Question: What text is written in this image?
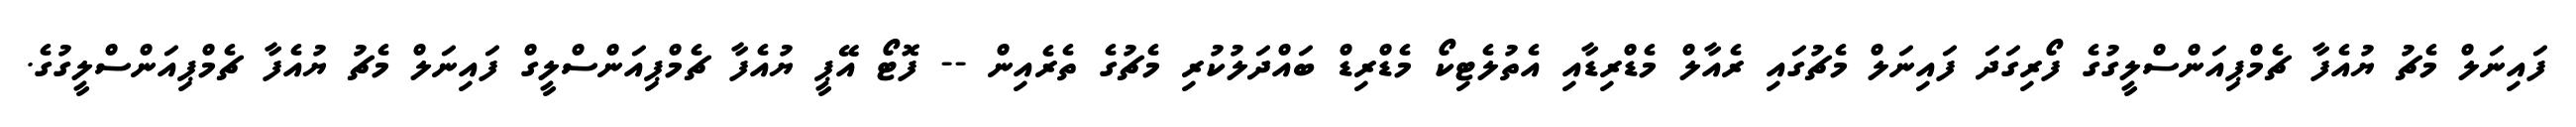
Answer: ފައިނަލް މެޗު ޔުއެފާ ޗެމްޕިއަންސްލީގުގެ ފޯރިގަދަ ފައިނަލް މެޗުގައި ރެއާލް މެޑްރިޑާއި އެތުލެޓިކޯ މެޑްރިޑް ބައްދަލުކުރި މެޗުގެ ތެރެއިން -- ފޮޓޯ އޭޕީ ޔުއެފާ ޗެމްޕިއަންސްލީގް ފައިނަލް މެޗު ޔުއެފާ ޗެމްޕިއަންސްލީގުގެ.